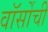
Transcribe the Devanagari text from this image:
वॉर्सोची